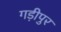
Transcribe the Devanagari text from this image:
गड़ीपुर